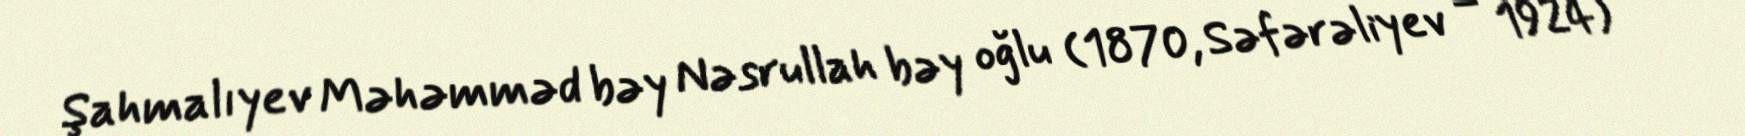
Şahmalıyev Məhəmməd bəy Nəsrullah bəy oğlu (1870, Səfərəliyev – 1924) —